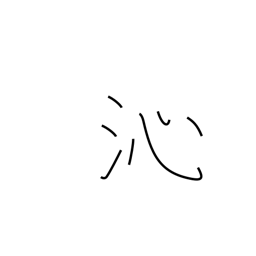
Meaning: penetrate